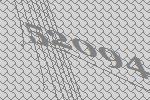
52094